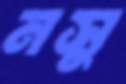
নসু